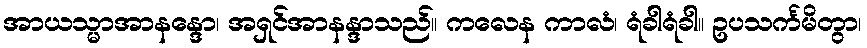
အာယသ္မာအာနန္ဒော၊ အရှင်အာနန္ဒာသည်။ ကလေန ကာလံ၊ ရံခါရံခါ။ ဥပသင်္ကမိတွာ၊